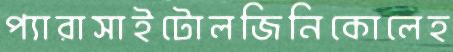
প্যারাসাইটোলজিনিকোলেহ